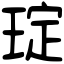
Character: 琔